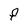
Character: F